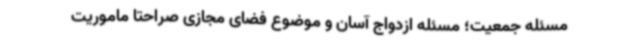
مسئله جمعیت؛ مسئله ازدواج آسان و موضوع فضای مجازی صراحتا ماموریت